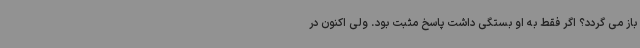
باز می گردد؟ اگر فقط به او بستگی داشت پاسخ مثبت بود. ولی اکنون در